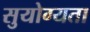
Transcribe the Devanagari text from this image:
सुयोग्यता